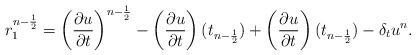
LaTeX: \begin{align*} r_1^{n-\frac{1}{2}} = \left(\frac{\partial u}{\partial t}\right)^{n-\frac{1}{2}} - \left(\frac{\partial u}{\partial t}\right)(t_{n-\frac{1}{2}}) + \left(\frac{\partial u}{\partial t}\right)(t_{n-\frac{1}{2}}) - \delta_tu^n. \end{align*}